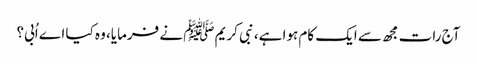
آج رات مجھ سے ایک کام ہوا ہے، نبی کریم ﷺ نے فرمایا، وہ کیا اے اُبی؟